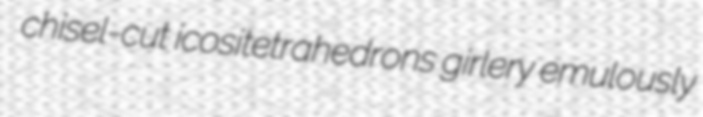
chisel-cut icositetrahedrons girlery emulously